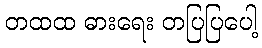
တထထ ဓားရေး တပြပြပေါ့